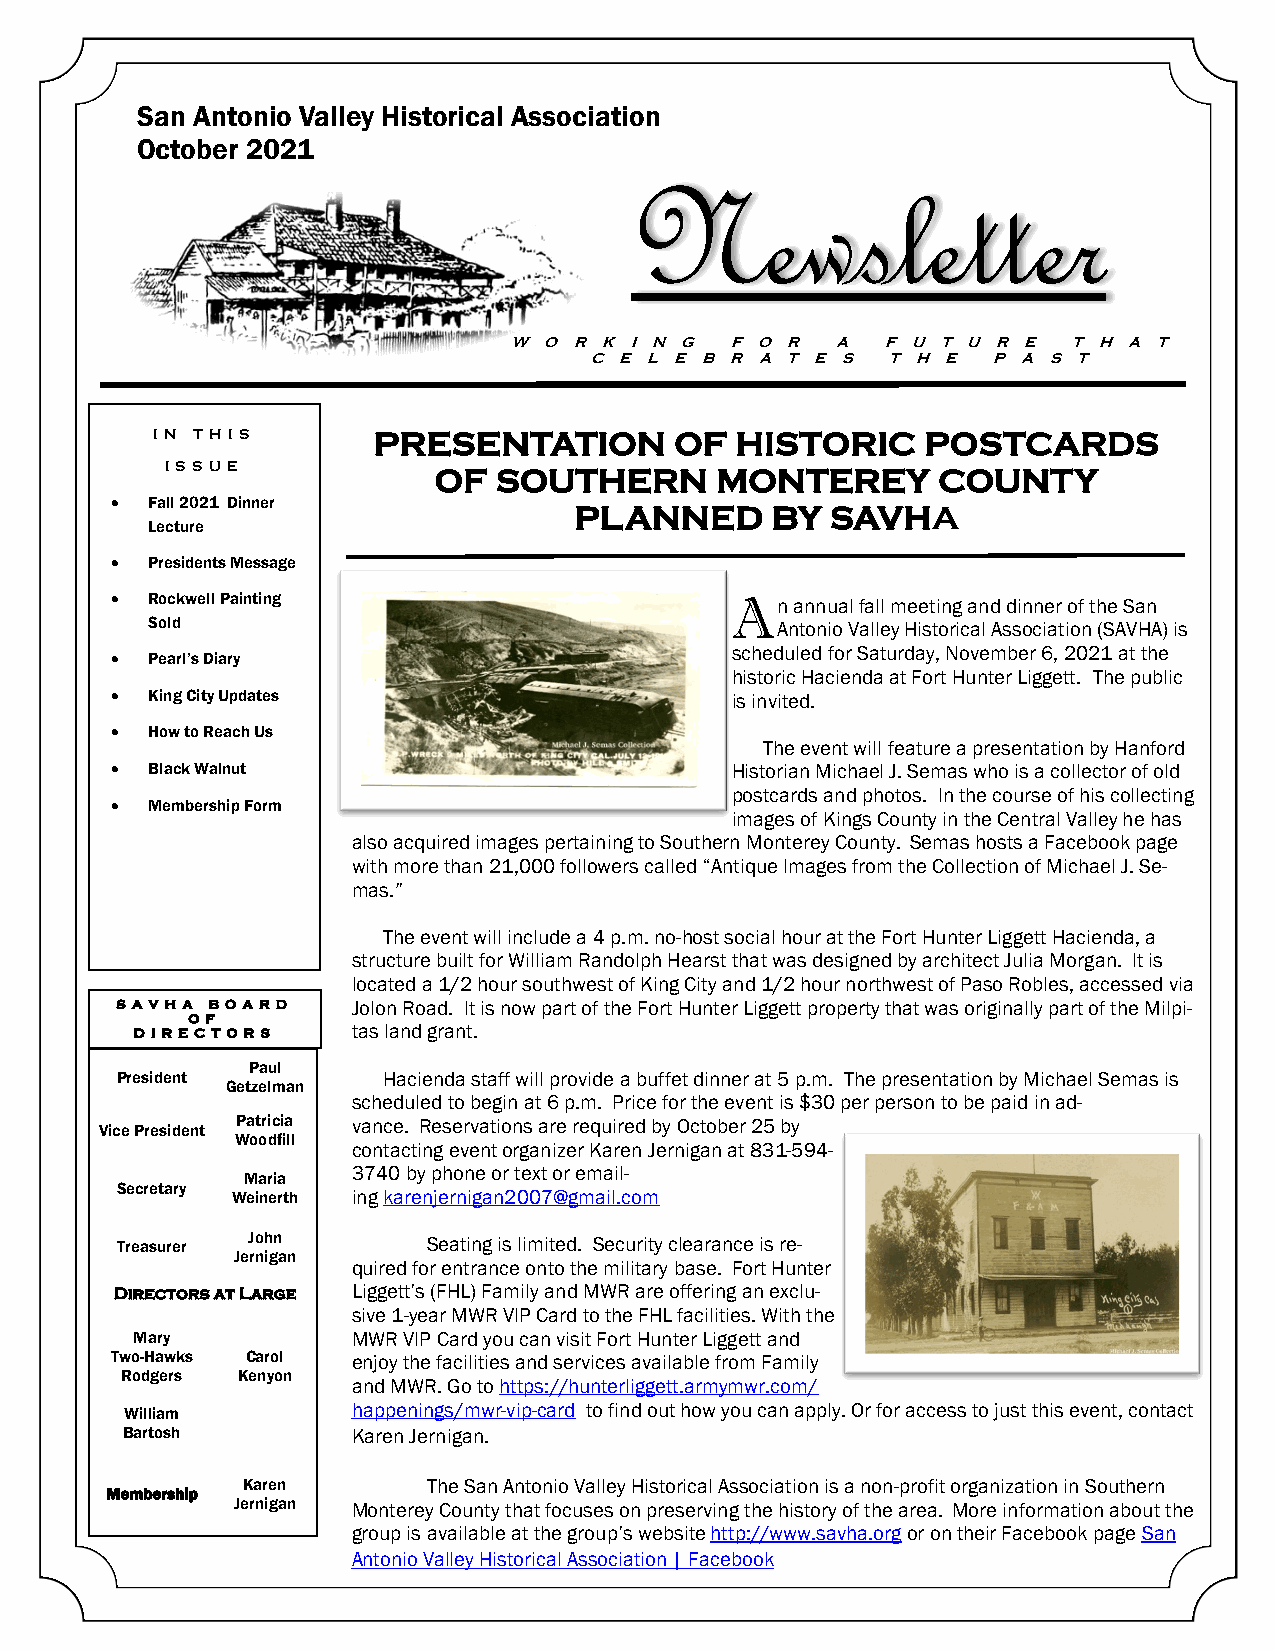
San Antonio Valley Historical Association
 October 2021
 Newsletter
 W O R K I N G F O R  A   F U T U R E T H A T
 C E L E B R A T E S T H E  P A S T
 IN TH IS       PRESENTATION        OF  HISTORIC    POSTCARDS
 IS S UE           OF  SOUTHERN      MONTEREY       COUNTY
 •  Fall 2021 Dinner            PLANNED      BY  SAVHA
 Lecture
 •  Presidents Message
 •  Rockwell Painting                     A  n annual fall meeting and dinner of the San
 Sold                                     Antonio Valley Historical Association (SAVHA) is
 scheduled for Saturday, November 6, 2021 at the
 •  Pearl’s Diary
 historic Hacienda at Fort Hunter Liggett. The public
 •  King City Updates                     is invited.
 •  How to Reach Us
 The event will feature a presentation by Hanford
 •  Black Walnut                          Historian Michael J. Semas who is a collector of old
 postcards and photos. In the course of his collecting
 •  Membership Form
 images of Kings County in the Central Valley he has
 also acquired images pertaining to Southern Monterey County. Semas hosts a Facebook page
 with more than 21,000 followers called “Antique Images from the Collection of Michael J. Se-
 mas.”
 The event will include a 4 p.m. no-host social hour at the Fort Hunter Liggett Hacienda, a
 structure built for William Randolph Hearst that was designed by architect Julia Morgan. It is
 located a 1/2 hour southwest of King City and 1/2 hour northwest of Paso Robles, accessed via
 SAVH A B OARD  Jolon Road. It is now part of the Fort Hunter Liggett property that was originally part of the Milpi-
 OF
 D IRE C TORS  tas land grant.
 Paul
 President        Hacienda staff will provide a buffet dinner at 5 p.m. The presentation by Michael Semas is
 Getzelman
 scheduled to begin at 6 p.m. Price for the event is $30 per person to be paid in ad-
 Vice President Patricia vance. Reservations are required by October 25 by
 Woodfill
 contacting event organizer Karen Jernigan at 831-594-
 3740 by phone or text or email-
 Maria
 Secretary
 Weinerth ing karenjernigan2007@gmail.com
 Treasurer John      Seating is limited. Security clearance is re-
 Jernigan
 quired for entrance onto the military base. Fort Hunter
 Dire ctors at Lar ge Liggett’s (FHL) Family and MWR are offering an exclu-
 sive 1-year MWR VIP Card to the FHL facilities. With the
 Mary          MWR VIP Card you can visit Fort Hunter Liggett and
 Two-Hawks Carol enjoy the facilities and services available from Family
 Rodgers Kenyon
 and MWR. Go to https://hunterliggett.armymwr.com/
 William        happenings/mwr-vip-card to find out how you can apply. Or for access to just this event, contact
 Bartosh        Karen Jernigan.
 Karen       The San Antonio Valley Historical Association is a non-profit organization in Southern
 Membership
 Jernigan Monterey County that focuses on preserving the history of the area. More information about the
 group is available at the group’s website http://www.savha.org or on their Facebook page San
 Antonio Valley Historical Association | Facebook